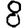
Digit: 8